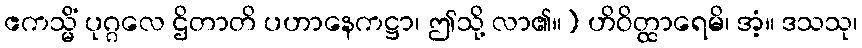
ဧကသ္မိံ ပုဂ္ဂလေ ဌိတာတိ ပဟာနေကဋ္ဌာ၊ ဤသို့ လာ၏။) ဟိဝိတ္ထာရေမိ၊ အံ့။ ဒသသု၊